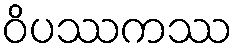
ဝိပဿကဿ